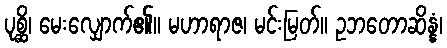
ပုစ္ဆိ၊ မေးလျှောက်၏။ မဟာရာဇ၊ မင်းမြတ်။ ဥဘတောဆိန္နံ၊